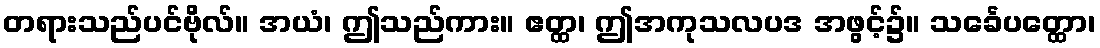
တရားသည်ပင်ဗိုလ်။ အယံ၊ ဤသည်ကား။ ဧတ္ထ၊ ဤအကုသလပဒ အဖွင့်၌။ သင်္ခေပတ္ထော၊